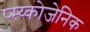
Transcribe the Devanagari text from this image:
प्स्य्कोजेनिक